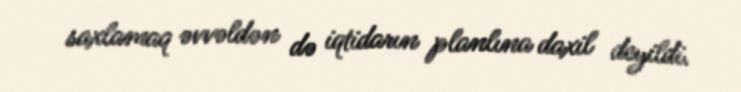
saxlamaq əvvəldən də iqtidarın planlına daxil deyildi.